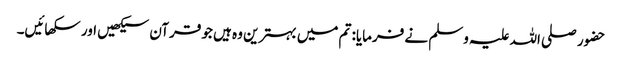
حضور صلی اللہ علیہ وسلم نے فرمایا: تم میں بہترین وہ ہیں جو قرآن سیکھیں اور سکھائیں۔